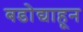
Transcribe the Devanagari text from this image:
बडोद्याहून